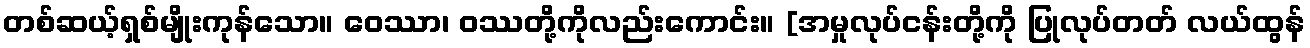
တစ်ဆယ့်ရှစ်မျိုးကုန်သော။ ဝေဿာ၊ ဝဿတို့ကိုလည်းကောင်း။ [အမှုလုပ်ငန်းတို့ကို ပြုလုပ်တတ် လယ်ထွန်